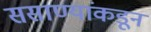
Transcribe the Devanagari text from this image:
ससाण्यांकडून